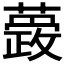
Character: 𮒆